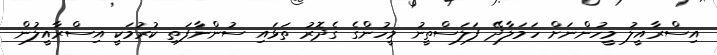
އިސްރާއީލު މީހުންނަށް ހަމަލާދޭ ފަލަސްތީނު މީހުންގެ ގެދޮރު ތަޅައި ސުންނާފަތި ކުރުމަކީ އިސްރާއީލުން